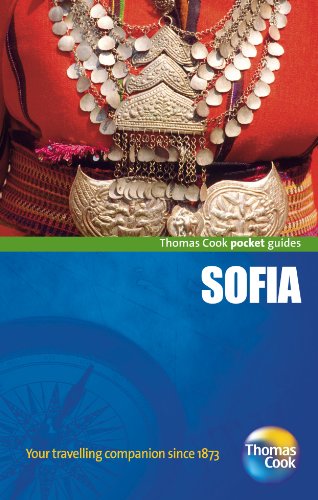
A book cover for Sofia (Pocket Guides); Travel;